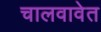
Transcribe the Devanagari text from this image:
चालवावेत